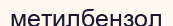
метилбензол